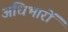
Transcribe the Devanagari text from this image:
अधिभारों